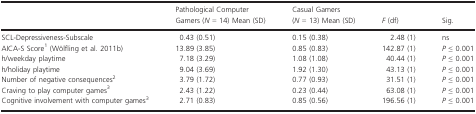
<table><thead><tr><td></td><td><b>Pathological Computer Gamers (<i>N</i> = 14) Mean (SD)</b></td><td><b>Casual Gamers (<i>N</i> = 13) Mean (SD)</b></td><td><b><i>F</i> (df)</b></td><td><b>Sig.</b></td></tr></thead><tbody><tr><td>SCL-Depressiveness-Subscale</td><td>0.43 (0.51)</td><td>0.15 (0.38)</td><td>2.48 (1)</td><td>ns</td></tr><tr><td>AICA-S Score1 (Wölfling et al. 2011ab)</td><td>13.89 (3.85)</td><td>0.85 (0.83)</td><td>142.87 (1)</td><td><i>P</i> ≤ 0.001</td></tr><tr><td>h/weekday playtime</td><td>7.18 (3.29)</td><td>1.08 (1.08)</td><td>40.44 (1)</td><td><i>P</i> ≤ 0.001</td></tr><tr><td>h/holiday playtime</td><td>9.04 (3.69)</td><td>1.92 (1.30)</td><td>43.13 (1)</td><td><i>P</i> ≤ 0.001</td></tr><tr><td>Number of negative consequences2</td><td>3.79 (1.72)</td><td>0.77 (0.93)</td><td>31.51 (1)</td><td><i>P</i> ≤ 0.001</td></tr><tr><td>Craving to play computer games3</td><td>2.43 (1.22)</td><td>0.23 (0.44)</td><td>63.08 (1)</td><td><i>P</i> ≤ 0.001</td></tr><tr><td>Cognitive involvement with computer games3</td><td>2.71 (0.83)</td><td>0.85 (0.56)</td><td>196.56 (1)</td><td><i>P</i> ≤ 0.001</td></tr></tbody></table>